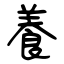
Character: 養